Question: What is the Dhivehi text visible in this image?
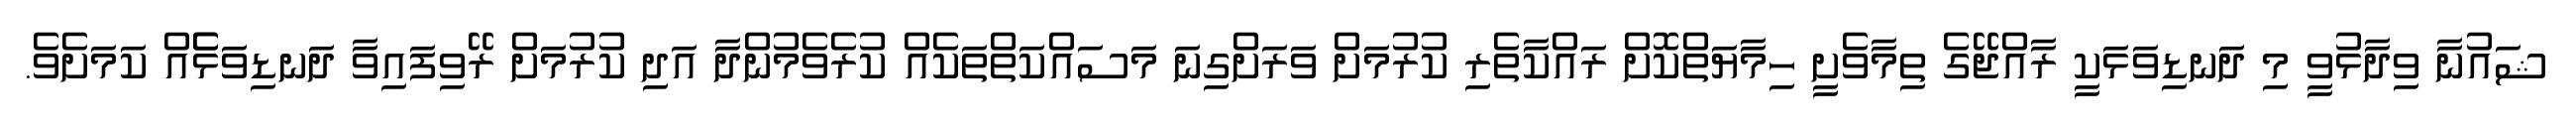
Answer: ޝައުނާ ވިދާޅުވީ މި ދަނޑިވަޅަކީ ރާއްޖޭގެ ތިމާވެށީ ހިމާޔަތްކޮށް ރައްކާތެރި ކުރުމަށް ވަރަށްގިނަ މަސައްކަތްތަކެއް ކުރެވެމުންދާ އަދި ކުރުމަށް ރޭވިފައިވާ ދަނޑިވަޅެެއް ކަމަށެވެ.